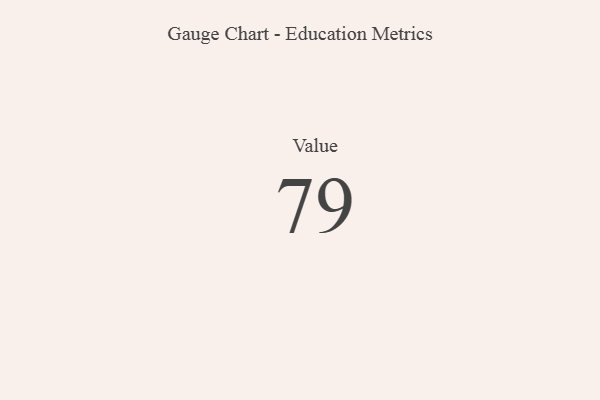
{"axis": {"x": "Metric", "y": "Value"}, "legend": [""], "data": [{"x": "Value", "y": 79, "type": ""}]}